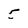
Character: 5